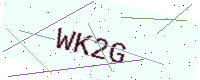
Text: WK2G